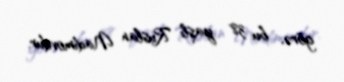
görə, bu 38 yaşlı Ruslan Nadimovdur.